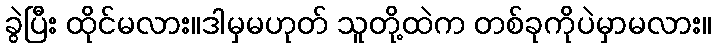
ခွဲပြီး ထိုင်မလား။ဒါမှမဟုတ် သူတို့ထဲက တစ်ခုကိုပဲမှာမလား။